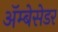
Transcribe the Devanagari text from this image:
अॅम्बेसेडर